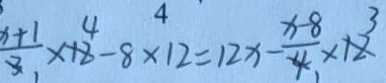
\frac { x + 1 } { 3 } \times 1 6 - 8 \times 1 2 = 1 2 x - \frac { x - 8 } { 4 } \times 1 2